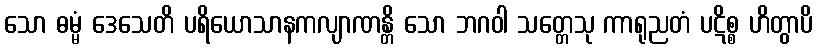
သော ဓမ္မံ ဒေသေတိ ပရိယောသာနကလျာဏန္တိ သော ဘဂဝါ သတ္တေသု ကာရုညတံ ပဋိစ္စ ဟိတွာပိ